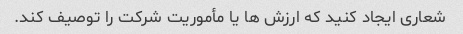
شعاری ایجاد کنید که ارزش ها یا مأموریت شرکت را توصیف کند.